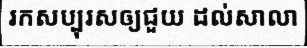
រកសប្បុរសឲ្យជួយ ដល់សាលា